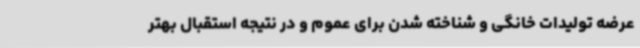
عرضه تولیدات خانگی و شناخته شدن برای عموم و در نتیجه استقبال بهتر